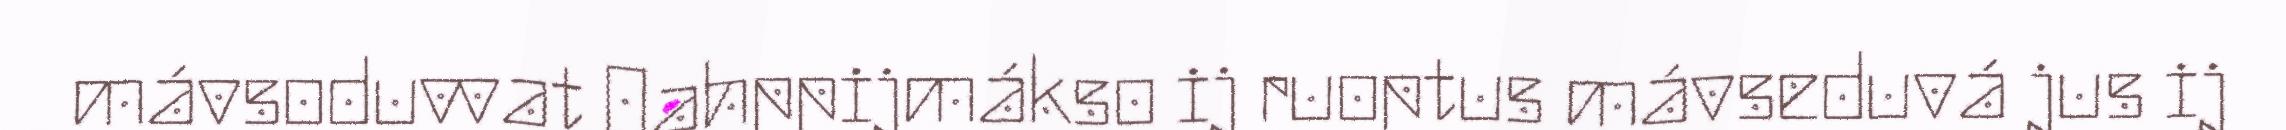
mávsoduvvat Oahppijmákso ij ruoptus mávseduvá jus ij